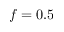
f = 0 . 5